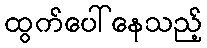
ထွက်ပေါ်နေသည့်